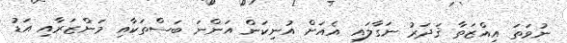
ނުވަތަ އިއްޒަތާ ޤަދަރު ނަގާލައި އެއަށް އުނިކަން އަންނަ ބަސްތަކާއި މަންޒަރާއި އަޑު